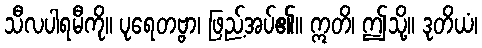
သီလပါရမီကို။ ပုရေတဗ္ဗာ၊ ဖြည့်အပ်၏။ ဣတိ၊ ဤသို့။ ဒုတိယံ၊